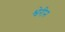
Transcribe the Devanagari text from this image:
श्वेरीन